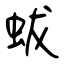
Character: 蛂